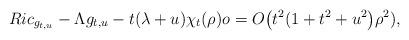
LaTeX: \begin{align*}Ric_{g_{t,u}}-\Lambda g_{t,u}-t(\lambda+u) \chi_{t} (\rho) o=O\big(t^2(1 + t^{2}+u^{2}\big)\rho^{2}),\end{align*}